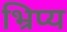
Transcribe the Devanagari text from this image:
भ्रिप्य